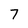
Character: 7